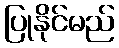
ပြုနိုင်မည်